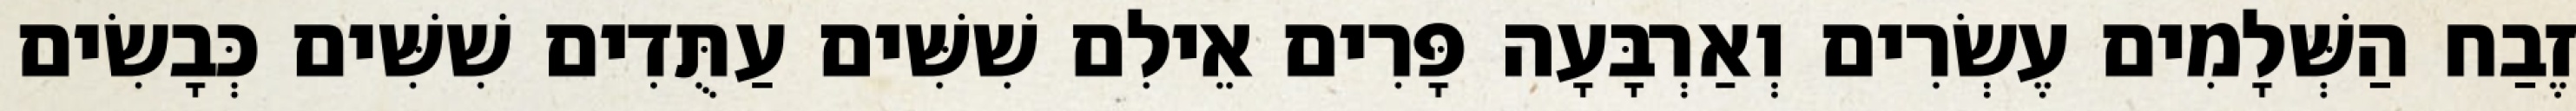
זֶבַח הַשְּׁלָמִים עֶשְׂרִים וְאַרְבָּעָה פָּרִים אֵילִם שִׁשִּׁים עַתֻּדִים שִׁשִּׁים כְּבָשִׂים